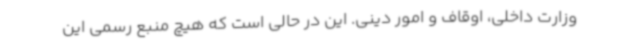
وزارت داخلی، اوقاف و امور دینی. این در حالی است که هیچ منبع رسمی این